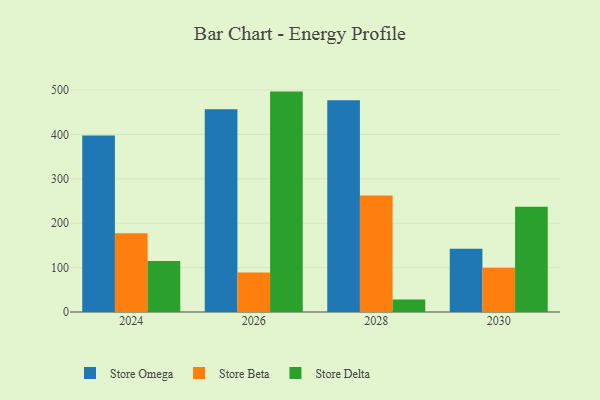
{"axis": {"x": "Year", "y": "Gross Profit (USD K)"}, "legend": ["Store Beta", "Store Delta", "Store Omega"], "data": [{"x": "2030", "y": 142.5, "type": "Store Omega"}, {"x": "2030", "y": 99.8, "type": "Store Beta"}, {"x": "2030", "y": 236.8, "type": "Store Delta"}, {"x": "2028", "y": 476.6, "type": "Store Omega"}, {"x": "2028", "y": 262.1, "type": "Store Beta"}, {"x": "2028", "y": 27.9, "type": "Store Delta"}, {"x": "2026", "y": 456.7, "type": "Store Omega"}, {"x": "2026", "y": 89.2, "type": "Store Beta"}, {"x": "2026", "y": 496.3, "type": "Store Delta"}, {"x": "2024", "y": 397.2, "type": "Store Omega"}, {"x": "2024", "y": 177.6, "type": "Store Beta"}, {"x": "2024", "y": 114.6, "type": "Store Delta"}]}